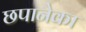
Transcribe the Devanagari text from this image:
छपानेका